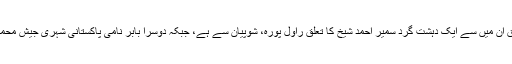
پولیس کے مطابق ان میں سے ایک دہشت گرد سمیر احمد شیخ کا تعلق راول پورہ، شوپیان سے ہے، جبکہ دوسرا بابر نامی پاکستانی شہری جیش محمد کا کمانڈر ہے ۔